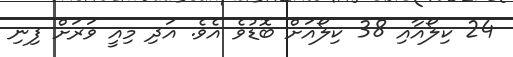
24 ކިލޯއާއި 38 ކިލޯއަށް ބޮޑުވެ އެވެ. އަދި މިއީ ވަރަށް ފިނި